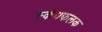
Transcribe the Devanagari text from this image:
स्कंधफलक